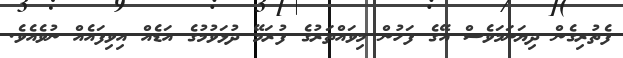
ފެތުރިގެން ދިޔަނަމަވެސް އޭގެ ފަހުން މިވައްތަރުގެ ފުރަމޭ ދުޅަވުމުގެ އަޑެއް އިވިފައެއް ނުވެއެވެ.